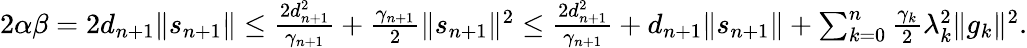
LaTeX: \begin{array}{r}{2\alpha\beta=2d_{n+1}\| s_{n+1}\| \le\frac{2d_{n+1}^{2}}{\gamma_{n+1}}+\frac{\gamma_{n+1}}{2}\| s_{n+1}\| ^{2}\le\frac{2d_{n+1}^{2}}{\gamma_{n+1}}+d_{n+1}\| s_{n+1}\| +\sum_{k=0}^{n}\frac{\gamma_{k}}{2}\lambda_{k}^{2}\| g_{k}\| ^{2}.}\end{array}